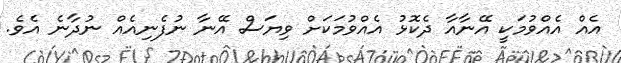
އެއް އެއްވުމަކީ އޭނާއާ ދެކޮޅު އެއްވުމަކަށް ވިޔަސް އޭނާ ނުފެނިއެއް ނުދާނެ އެވެ.